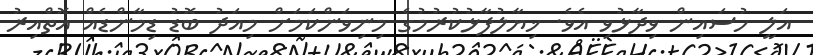
އަލީ ހުސައިން ވިދާޅުވި އެވެ. ޚިޔާލުފާޅުކުރުމުގެ މިނިވަންކަމަށް މިއަދު ބޮޑު ޑިމާންޑެއް އޮތްއިރު